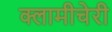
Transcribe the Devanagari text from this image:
क्‍लामीचेरी